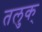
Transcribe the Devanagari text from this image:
तलुक्